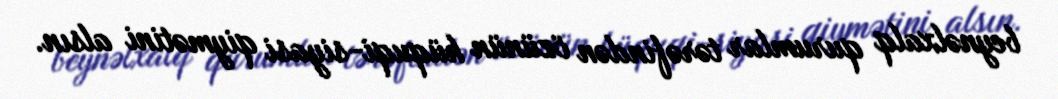
beynəlxalq qurumlar tərəfindən özünün hüquqi-siyasi qiymətini alsın.